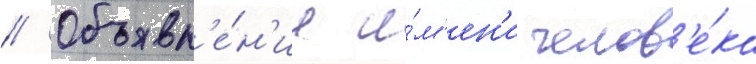
// Объявл'е́н'ие и́м'ен'и челов'е́ка